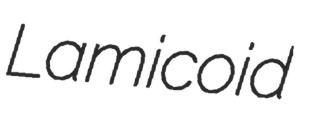
Lamicoid